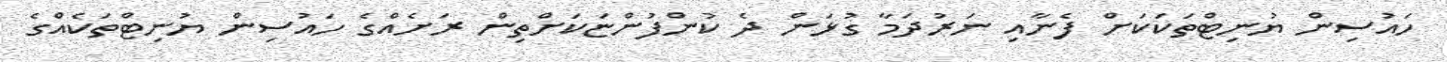
ހައުސިން ޔުނިޓްތަކަކަށް ފެނާއި ނަރުދަމާ ގުޅަން ދެ ކުންފުންޏަކަށްތިން ރަށެއްގެ ހައުސިން ޔުނިޓްތަކެއްގެ